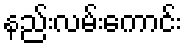
နည်းလမ်းကောင်း